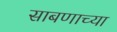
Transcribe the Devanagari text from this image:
साबणाच्या